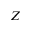
Z